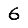
Digit: 6